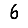
Digit: 6